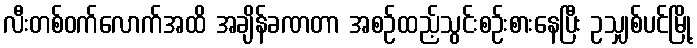
လီးတစ်ဝက်လောက်အထိ အချိန်ခဏတာ အစဉ်ထည့်သွင်းစဉ်းစားနေပြီး ဥသျှစ်ပင်မြို့